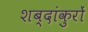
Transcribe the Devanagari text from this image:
शब्दांकुरों